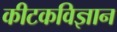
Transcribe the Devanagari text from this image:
कीटकविज्ञान